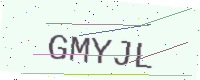
Text: GMYJL